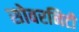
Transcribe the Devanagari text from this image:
सोवरनिटी